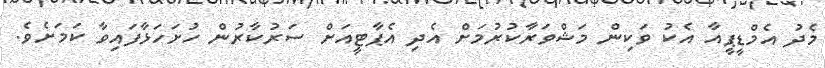
މެދު އެމްޑީޕީއާ އެކު ވަކިން މަޝްވަރާކުރުމަށް އެދި އެޕާޓީއަށް ސަރުކާރުން ހުށަހަޅާފައިވާ ކަމަށެވެ.